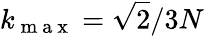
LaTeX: k_{\mathrm{~m~a~x~}}=\sqrt{2}/3N